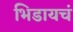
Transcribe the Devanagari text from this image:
भिडायचं